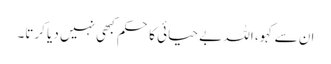
ان سے کہو، اللہ بے حیائی کا حکم کبھی نہیں دیا کرتا۔